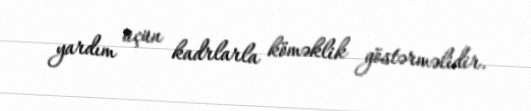
yardım üçün kadrlarla köməklik göstərməlidir.